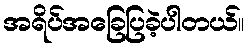
အရိပ်အခြေပြခဲ့ပါတယ်။